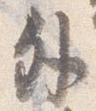
外